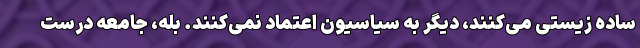
ساده زیستی می‌کنند، دیگر به سیاسیون اعتماد نمی‌کنند. بله، جامعه درست